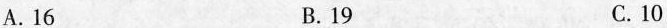
A.16 B.19 C.10